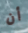
أن